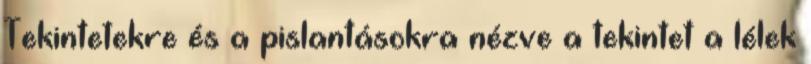
Tekintetekre és a pislantásokra nézve a tekintet a lélek